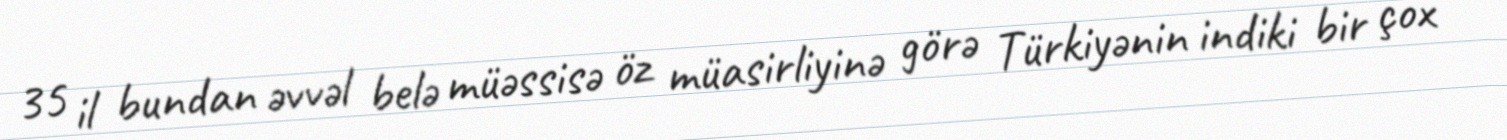
35 il bundan əvvəl belə müəssisə öz müasirliyinə görə Türkiyənin indiki bir çox